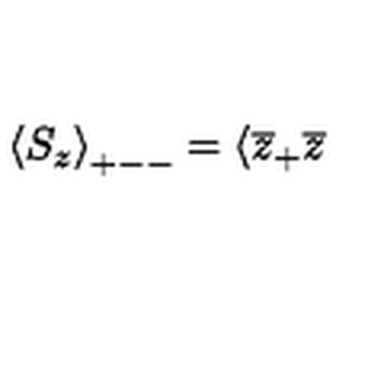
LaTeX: \left\langle S _ { z } \right\rangle _ { + -- } = \langle \overline { { z } } _ { + } \overline { { z } }